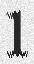
1